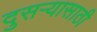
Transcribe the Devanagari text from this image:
दुसऱ्यासाठी